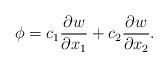
LaTeX: \begin{align*}\phi=c_1\frac{\partial w}{\partial x_1}+c_2\frac{\partial w}{\partial x_2}.\end{align*}